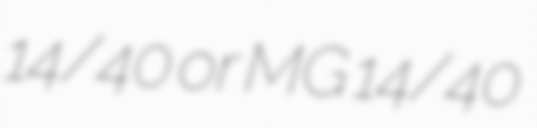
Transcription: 14/40 or MG 14/40